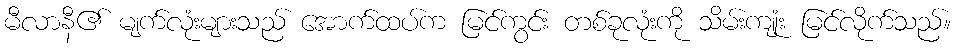
မီလာနီ၏ မျက်လုံးများသည် အောက်ထပ်က မြင်ကွင်း တစ်ခုလုံးကို သိမ်းကျုံး မြင်လိုက်သည်။